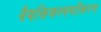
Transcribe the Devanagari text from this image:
वैयक्तिकस्पष्टीकरण